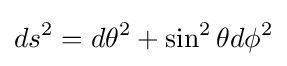
ds^{2}=d\theta ^{2}+\sin ^{2}\theta d\phi ^{2}